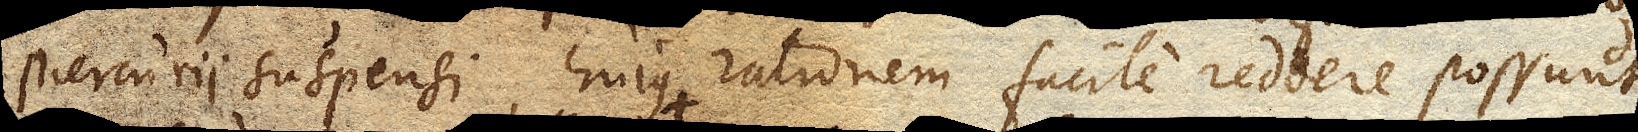
Mercurii suspensi, hujus rationem facile reddere possunt